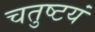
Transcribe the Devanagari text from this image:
चतुष्टयं